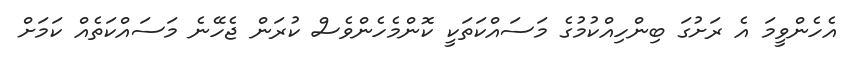
އެހެންވީމަ އެ ރަށުގަ ބިންހިއްކުމުގެ މަސައްކަތަކީ ކޮންމެހެންވެސް ކުރަން ޖެހޭނެ މަސައްކަތެއް ކަމަށް